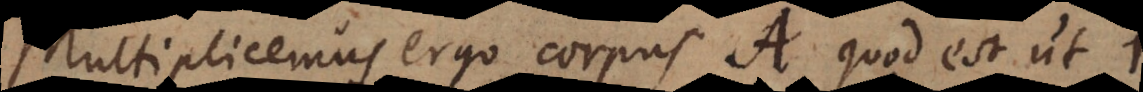
Multiplicemus ergo corpus A quod est ut 1,